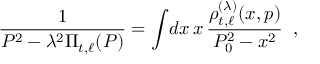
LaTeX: { \frac { 1 } { P ^ { 2 } - \lambda ^ { 2 } { \mit \Pi } _ { t , \ell } ( P ) } } = \int \! d x \, x \, { \frac { \rho _ { t , \ell } ^ { ( \lambda ) } ( x , p ) } { P _ { 0 } ^ { 2 } - x ^ { 2 } } } \; \; , \; \;